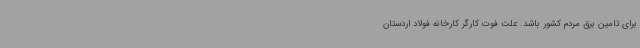
برای تامین برق مردم کشور باشد. علت فوت کارگر کارخانه فولاد اردستان